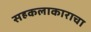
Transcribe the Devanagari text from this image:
सहकलाकाराचा